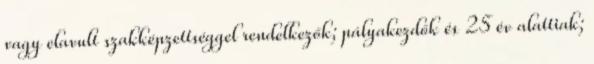
vagy elavult szakképzettséggel rendelkezők; pályakezdők és 25 év alattiak;